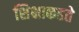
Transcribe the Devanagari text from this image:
शिक्षाकहते